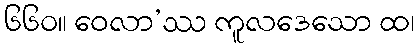
၆၆၀။ ဝေလာ’ဿ ကူလဒေသော ထ၊